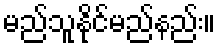
မည်သူနိုင်မည်နည်း။